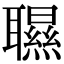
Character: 䏉